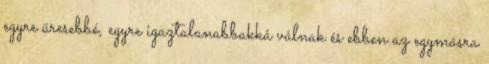
egyre üresebbé, egyre igaztalanabbakká válnak és ebben az egymásra